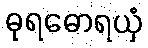
ဓုရဓောရယှံ